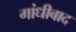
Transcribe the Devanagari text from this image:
गांधीबाद